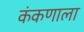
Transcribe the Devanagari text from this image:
कंकणाला